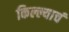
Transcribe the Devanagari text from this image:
किल्ल्याचं